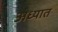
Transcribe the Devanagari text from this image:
अध्यात